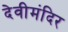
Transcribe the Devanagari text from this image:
देवीमंदिर